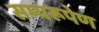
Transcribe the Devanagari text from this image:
सम्यरूपेण